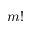
m !